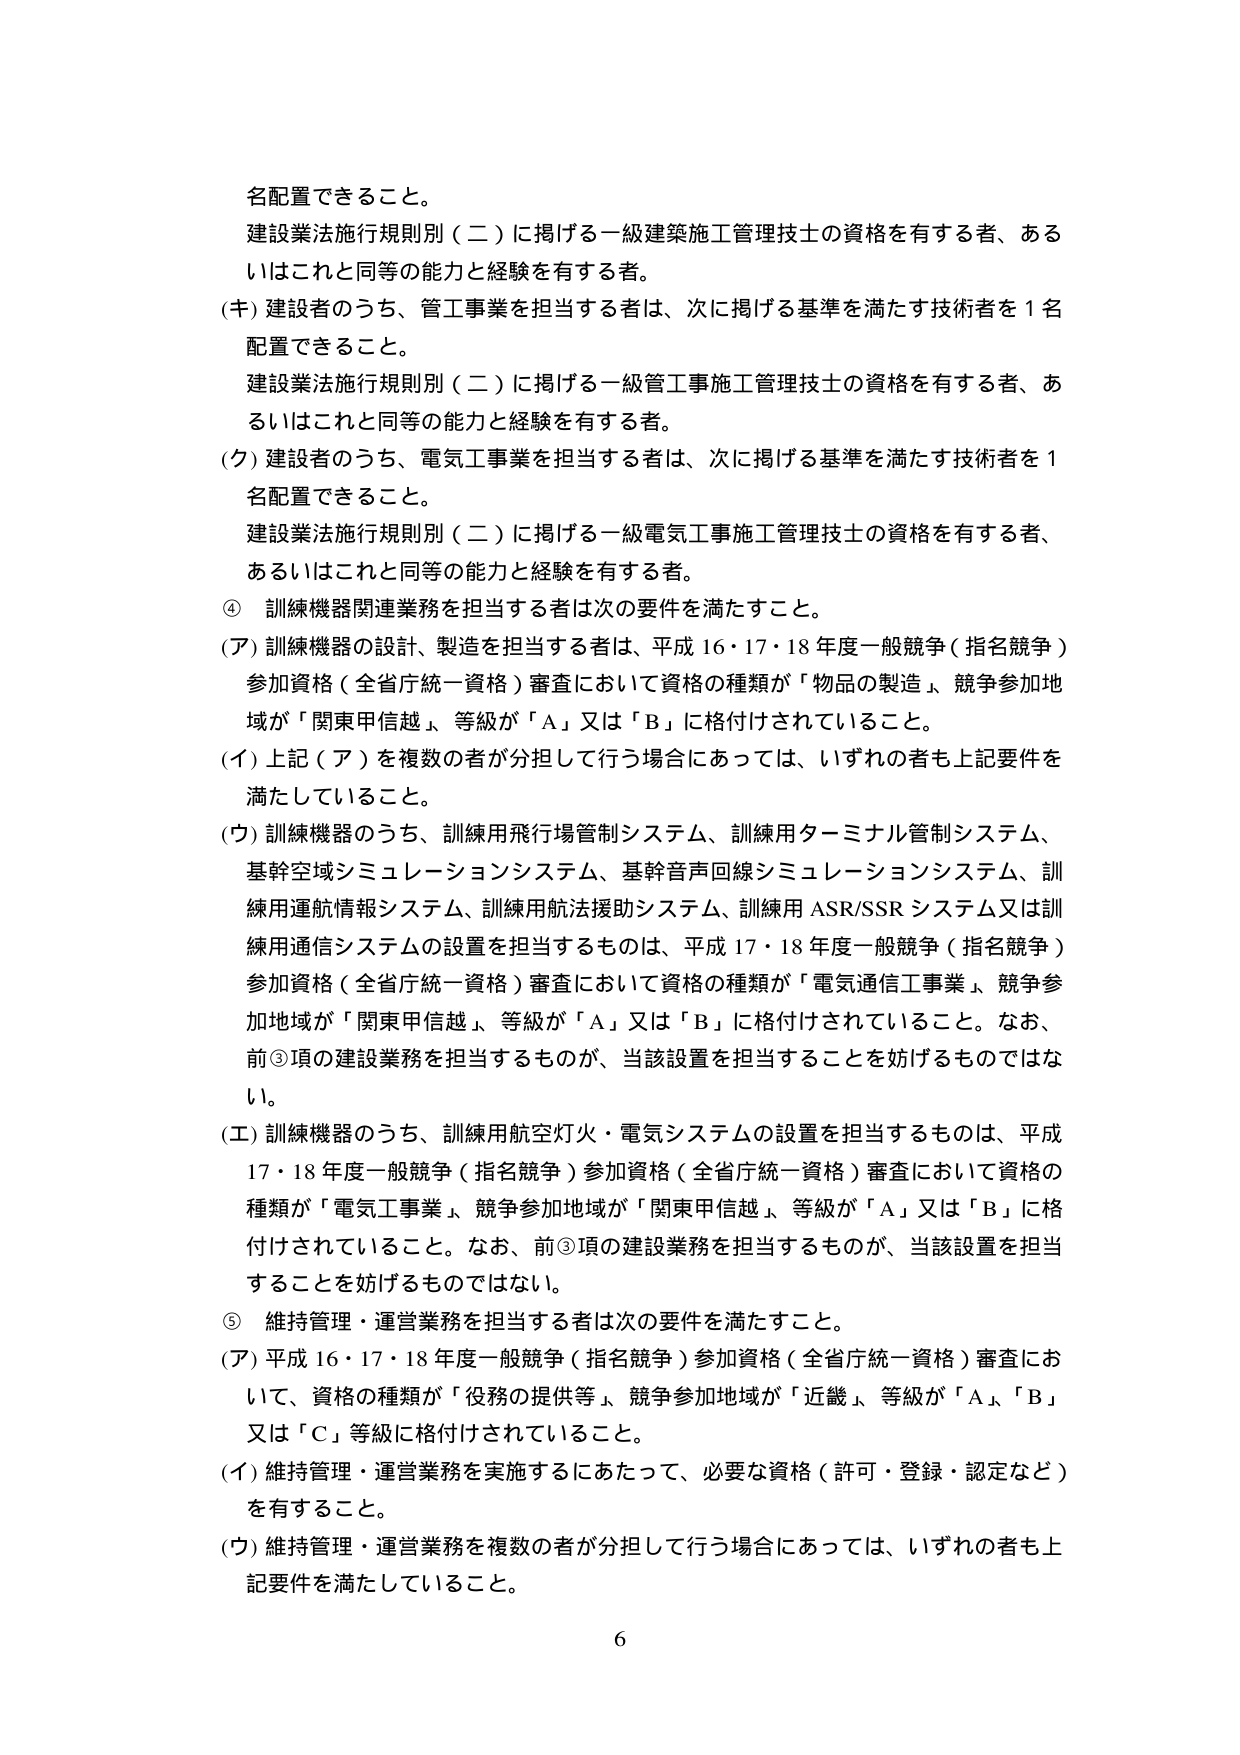
名配置できること。
建設業法施行規則別（二）に掲げる一級建築施工管理技士の資格を有する者、あるいはこれと同等の能力と経験を有する者。
(キ) 建設者のうち、管工事業を担当する者は、次に掲げる基準を満たす技術者を１名配置できること。
建設業法施行規則別（二）に掲げる一級管工事施工管理技士の資格を有する者、あるいはこれと同等の能力と経験を有する者。
(ク) 建設者のうち、電気工事業を担当する者は、次に掲げる基準を満たす技術者を１名配置できること。
建設業法施行規則別（二）に掲げる一級電気工事施工管理技士の資格を有する者、あるいはこれと同等の能力と経験を有する者。
④ 訓練機器関連業務を担当する者は次の要件を満たすこと。
(ア) 訓練機器の設計、製造を担当する者は、平成16・17・18年度一般競争（指名競争）参加資格（全省庁統一資格）審査において資格の種類が「物品の製造」、競争参加地域が「関東甲信越」、等級が「A」又は「B」に格付けされていること。
(イ) 上記（ア）を複数の者が分担して行う場合にあっては、いずれの者も上記要件を満たしていること。
(ウ) 訓練機器のうち、訓練用飛行場管制システム、訓練用ターミナル管制システム、基幹空域シミュレーションシステム、基幹音声回線シミュレーションシステム、訓練用運航情報システム、訓練用航法援助システム、訓練用ASR/SSRシステム又は訓練用通信システムの設置を担当するものは、平成17・18年度一般競争（指名競争）参加資格（全省庁統一資格）審査において資格の種類が「電気通信工事業」、競争参加地域が「関東甲信越」、等級が「A」又は「B」に格付けされていること。なお、前③項の建設業務を担当するものが、当該設置を担当することを妨げるものではない。
(エ) 訓練機器のうち、訓練用航空灯火・電気システムの設置を担当するものは、平成17・18年度一般競争（指名競争）参加資格（全省庁統一資格）審査において資格の種類が「電気工事業」、競争参加地域が「関東甲信越」、等級が「A」又は「B」に格付けされていること。なお、前③項の建設業務を担当するものが、当該設置を担当することを妨げるものではない。
⑤ 維持管理・運営業務を担当する者は次の要件を満たすこと。
(ア) 平成16・17・18年度一般競争（指名競争）参加資格（全省庁統一資格）審査において、資格の種類が「役務の提供等」、競争参加地域が「近畿」、等級が「A」、「B」又は「C」等級に格付けされていること。
(イ) 維持管理・運営業務を実施するにあたって、必要な資格（許可・登録・認定など）を有すること。
(ウ) 維持管理・運営業務を複数の者が分担して行う場合にあっては、いずれの者も上記要件を満たしていること。
6